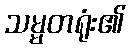
သမ္မတရုံး၏